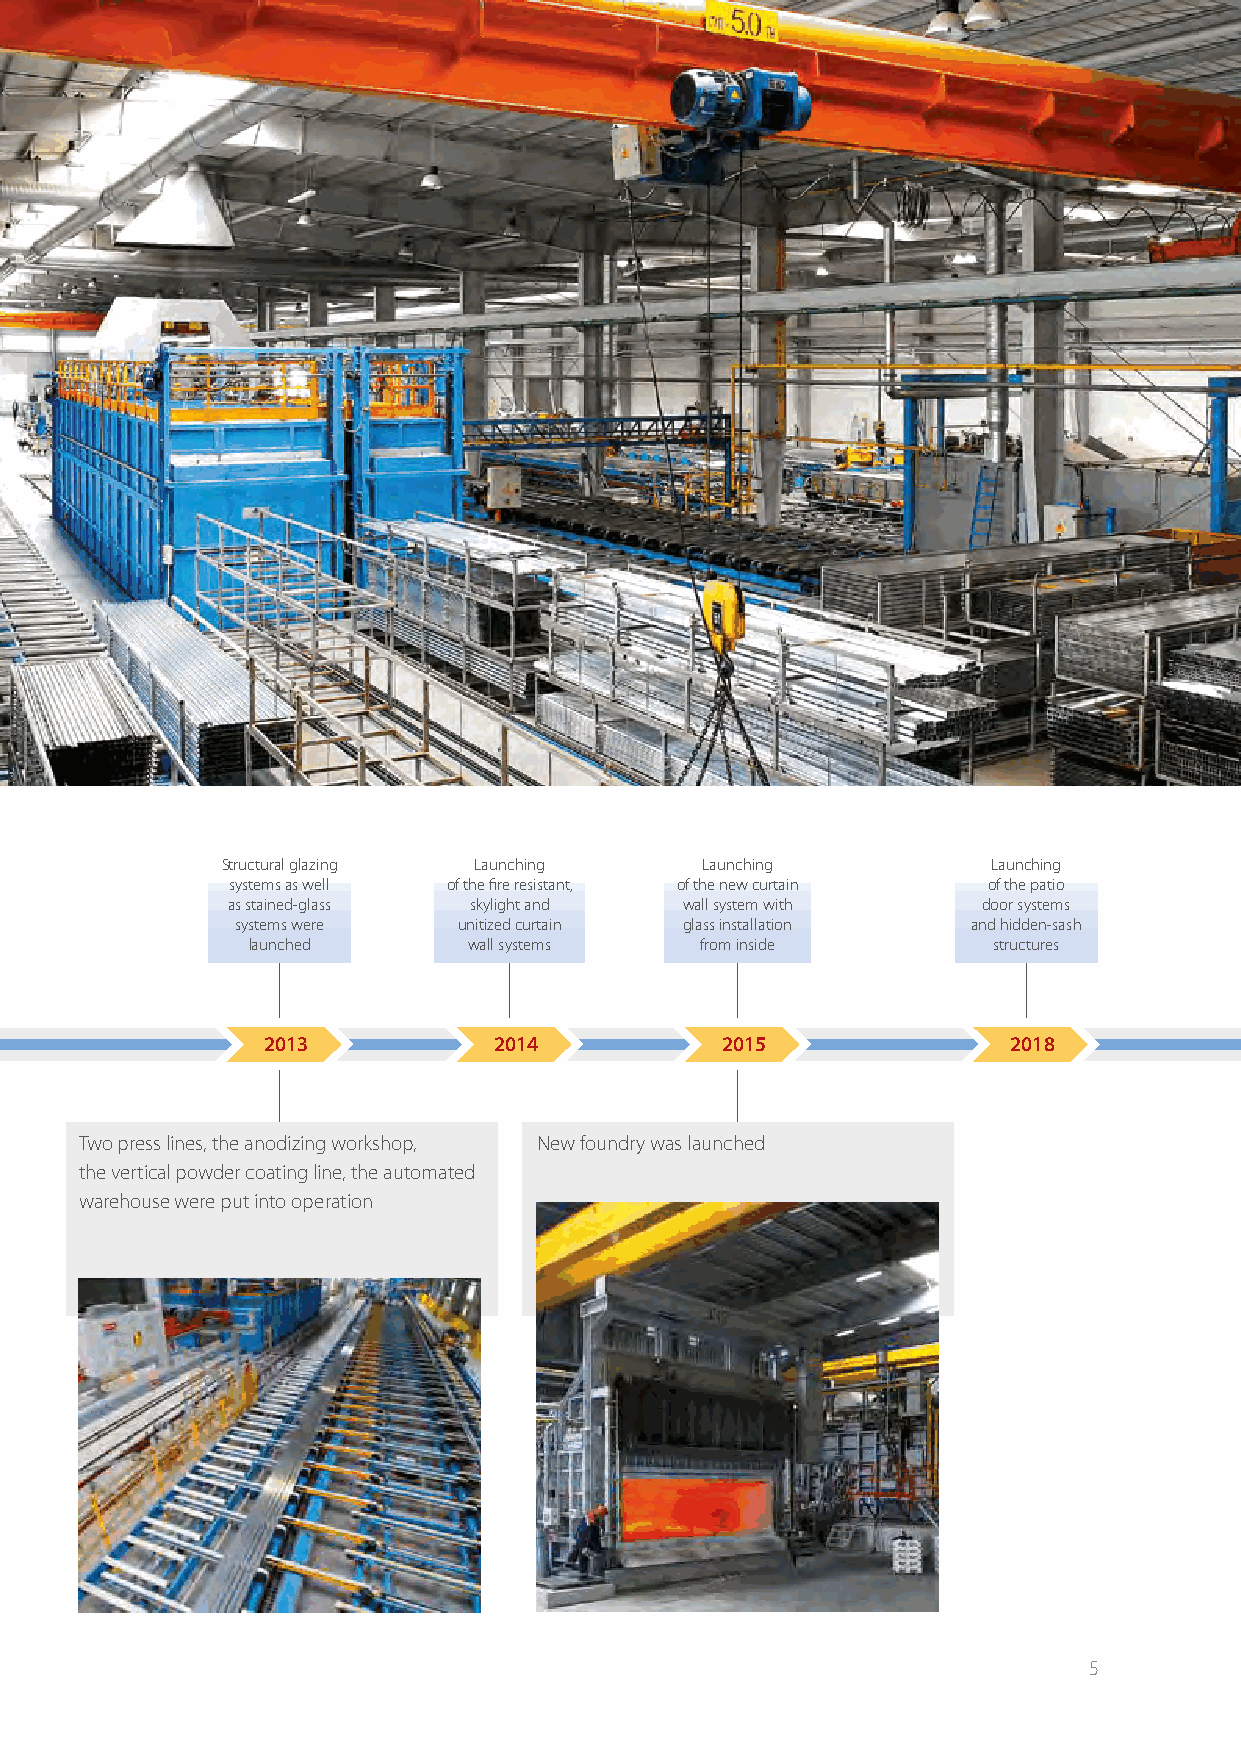
AluminTechno JLLC
 Structural glazing Launching   Launching           Launching
 systems as well of the fire resistant, of the new curtain of the patio
 as stained-glass skylight and wall system with    door systems
 systems were  unitized curtain glass installation and hidden-sash
 launched       wall systems   from inside         structures
 2013            2014           2015               2018
 Two press lines, the anodizing workshop, New foundry was launched
 the vertical powder coating line, the automated
 warehouse were put into operation
 5